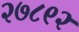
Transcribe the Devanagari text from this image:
२७८९२